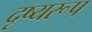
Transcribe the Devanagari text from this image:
दृष्यरूप